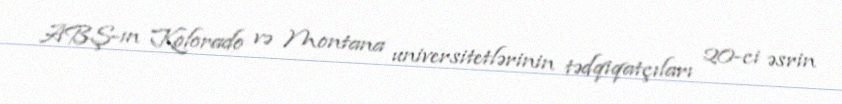
ABŞ-ın Kolorado və Montana universitetlərinin tədqiqatçıları 20-ci əsrin